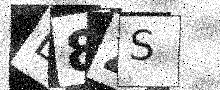
Text: B8ZS